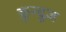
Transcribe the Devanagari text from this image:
क़ुन्दूज़